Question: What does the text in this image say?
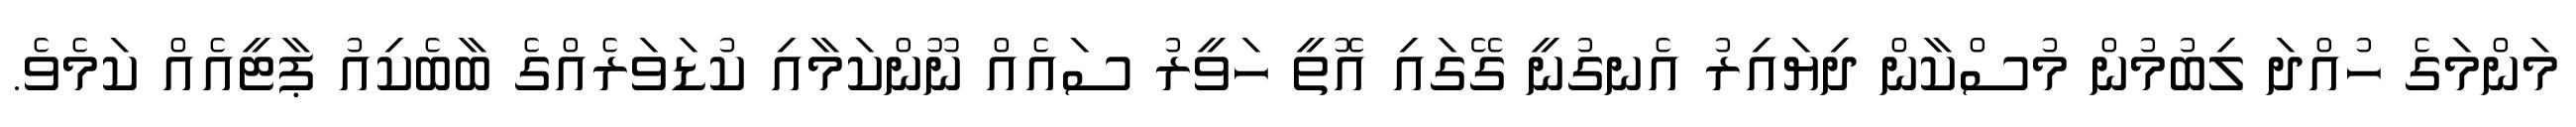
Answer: މަންމަގެ ހުއްދަ ލިބުމުން މުސްކާން ދިޔައިރު އެނގުނީ ގޭގައި އޮތީ ހަވީރު ސައެއް ނޫންކަމާއި ކުޑަވަރެއްގެ ބާބެކިއު ޕާޓީއެއް ކަމެވެ.